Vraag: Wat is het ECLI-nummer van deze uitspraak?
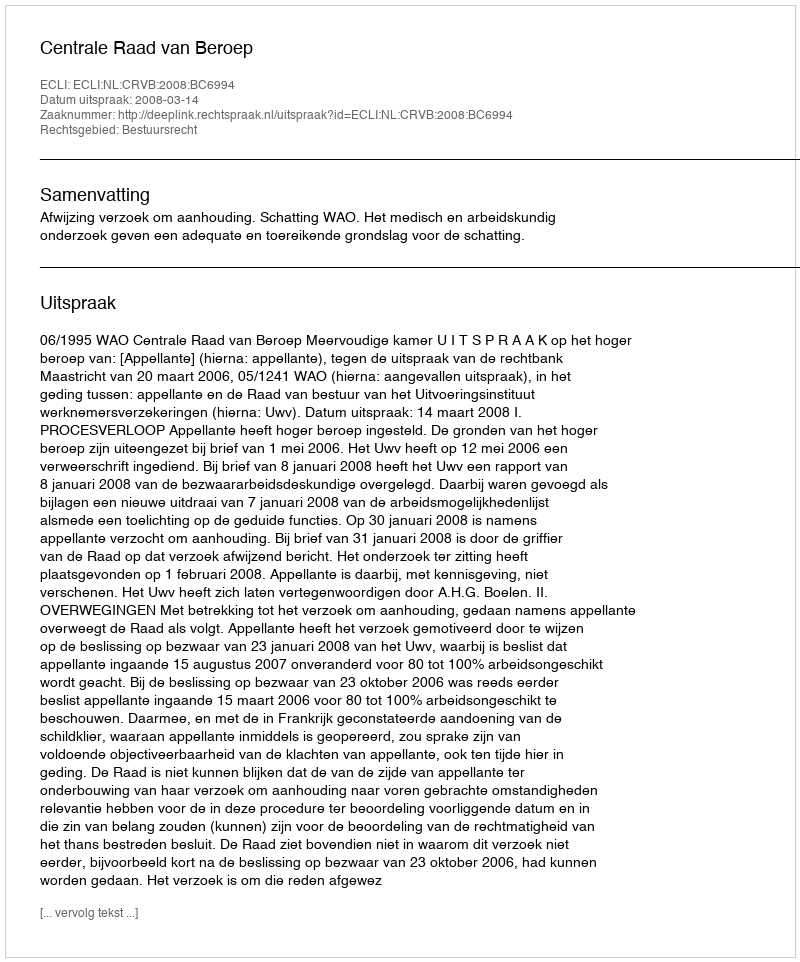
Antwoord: ECLI:NL:CRVB:2008:BC6994